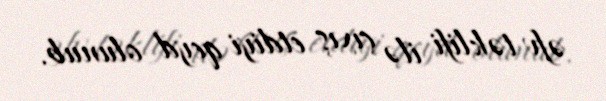
əfv təklifi ilə çıxış etdiyi qeyd olunub.